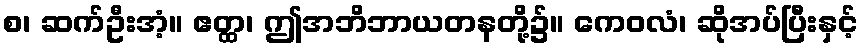
စ၊ ဆက်ဦးအံ့။ ဧတ္ထ၊ ဤအဘိဘာယတနတို့၌။ ကေဝလံ၊ ဆိုအပ်ပြီးနှင့်